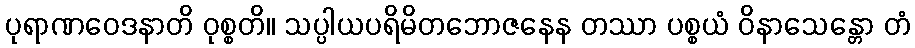
ပုရာဏဝေဒနာတိ ဝုစ္စတိ။ သပ္ပါယပရိမိတဘောဇနေန တဿာ ပစ္စယံ ဝိနာသေန္တော တံ